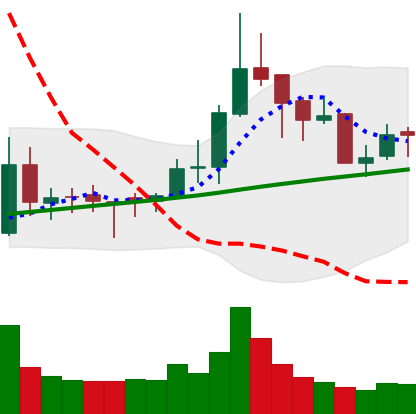
Ticker: BNB-USD
Chart end date: 2018-04-01
Forward return: 10.773%
Label: up_7plus